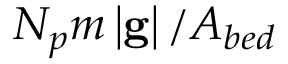
N _ { p } m \left| \bf { g } \right| / A _ { b e d }